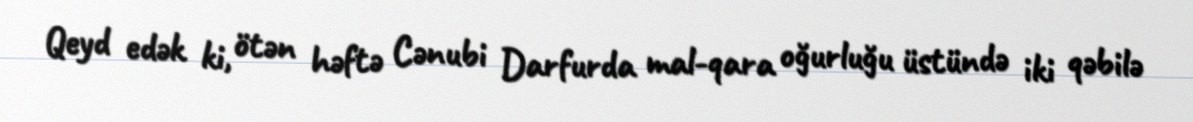
Qeyd edək ki, ötən həftə Cənubi Darfurda mal-qara oğurluğu üstündə iki qəbilə